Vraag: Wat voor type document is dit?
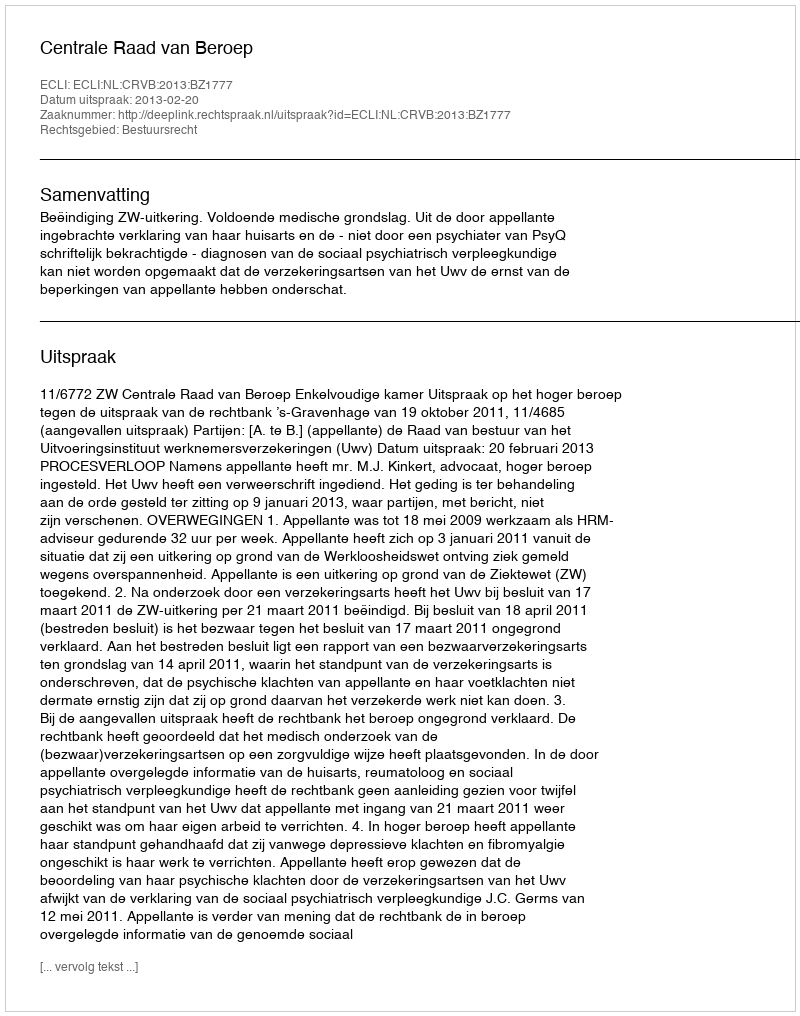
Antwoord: Uitspraak